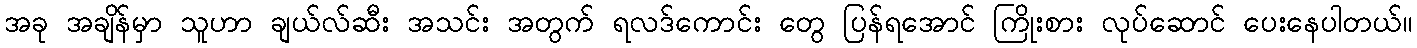
အခု အချိန်မှာ သူဟာ ချယ်လ်ဆီး အသင်း အတွက် ရလဒ်ကောင်း တွေ ပြန်ရအောင် ကြိုးစား လုပ်ဆောင် ပေးနေပါတယ်။